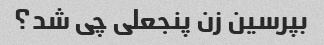
بپرسین زن پنجعلی چی شد؟